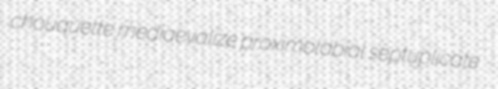
chouquette mediaevalize proximolabial septuplicate